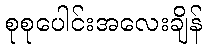
စုစုပေါင်းအလေးချိန်